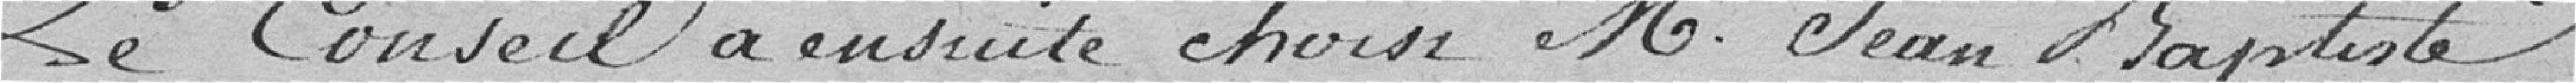
Le conseil a ensuite choisi monsieur Jean-Baptiste